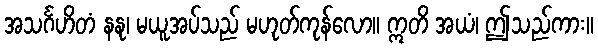
အသင်္ဂဟိတံ နနု၊ မယူအပ်သည် မဟုတ်ကုန်လော။ ဣတိ အယံ၊ ဤသည်ကား။